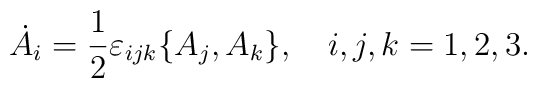
\dot{A}_i=\frac{1}{2}\varepsilon_{ijk}\{A_j,A_k\},\quad i,j,k=1,2,3.